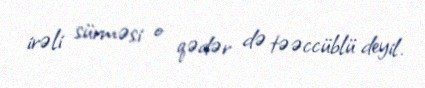
irəli sürməsi o qədər də təəccüblü deyil.